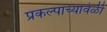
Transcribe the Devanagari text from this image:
प्रकल्पाच्यावेळी